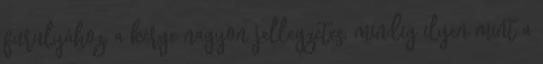
furulyához, a kérge nagyon jellegzetes, mindig ilyen mint a